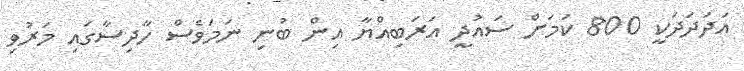
އަދަދަދަކީ 800 ކަމަށް ސައުދީ އަރަބިއްޔާ އިން ބުނި ނަމަވެސް ހާދިސާގައި މަރުވި